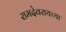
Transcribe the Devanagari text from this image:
रामदेवरायच्या